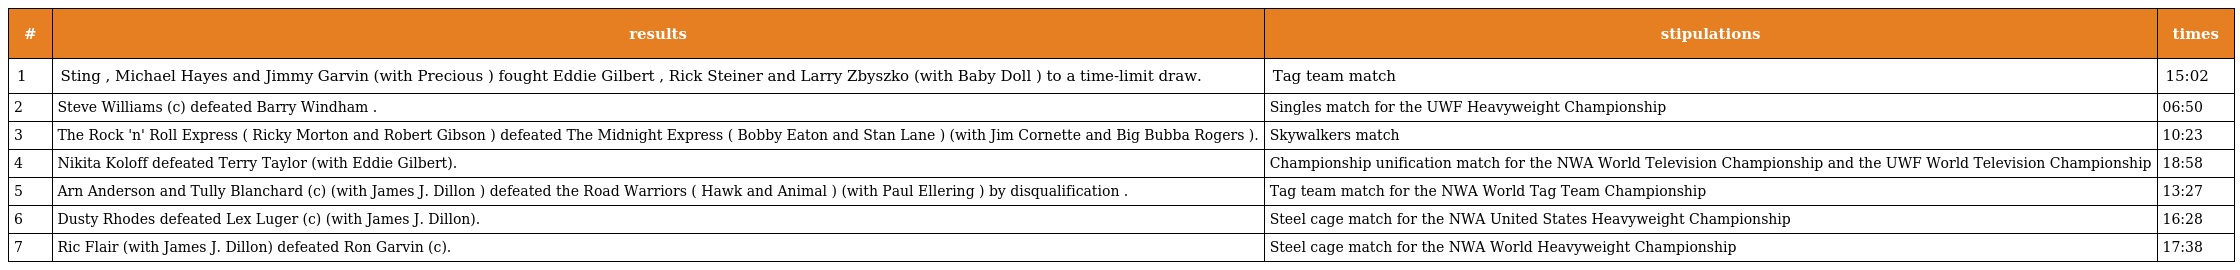
| # | results | stipulations | times |
 | --- | --- | --- | --- |
 | 1 | Sting , Michael Hayes and Jimmy Garvin (with Precious ) fought Eddie Gilbert , Rick Steiner and Larry Zbyszko (with Baby Doll ) to a time-limit draw. | Tag team match | 15:02 |
 | 2 | Steve Williams (c) defeated Barry Windham . | Singles match for the UWF Heavyweight Championship | 06:50 |
 | 3 | The Rock 'n' Roll Express ( Ricky Morton and Robert Gibson ) defeated The Midnight Express ( Bobby Eaton and Stan Lane ) (with Jim Cornette and Big Bubba Rogers ). | Skywalkers match | 10:23 |
 | 4 | Nikita Koloff defeated Terry Taylor (with Eddie Gilbert). | Championship unification match for the NWA World Television Championship and the UWF World Television Championship | 18:58 |
 | 5 | Arn Anderson and Tully Blanchard (c) (with James J. Dillon ) defeated the Road Warriors ( Hawk and Animal ) (with Paul Ellering ) by disqualification . | Tag team match for the NWA World Tag Team Championship | 13:27 |
 | 6 | Dusty Rhodes defeated Lex Luger (c) (with James J. Dillon). | Steel cage match for the NWA United States Heavyweight Championship | 16:28 |
 | 7 | Ric Flair (with James J. Dillon) defeated Ron Garvin (c). | Steel cage match for the NWA World Heavyweight Championship | 17:38 |